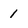
Character: 1